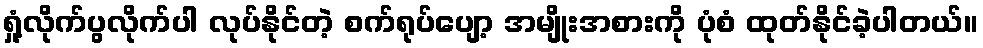
ရှုံ့လိုက်ပွလိုက်ပါ လုပ်နိုင်တဲ့ စက်ရုပ်ပျော့ အမျိုးအစားကို ပုံစံ ထုတ်နိုင်ခဲ့ပါတယ်။